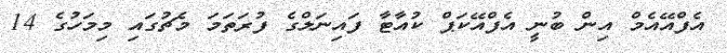
އެފްއޭއެމް އިން ބުނީ އެފްއޭކަޕް ކުއާޓާ ފައިނަލްގެ ފުރަތަމަ މެޗުގައި މިމަހުގެ 14